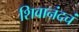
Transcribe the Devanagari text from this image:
शिवानंदचं